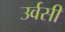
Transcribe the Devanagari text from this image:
उर्वसी